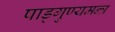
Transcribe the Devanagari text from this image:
षाड्गुण्यमन्त्र